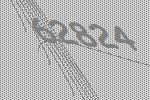
62824